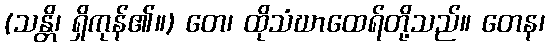
(သန္တိ၊ ရှိကုန်၏။) တေ၊ ထိုသံဃာထေရ်တို့သည်။ တေန၊